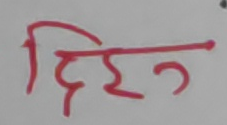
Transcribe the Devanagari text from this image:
दिन